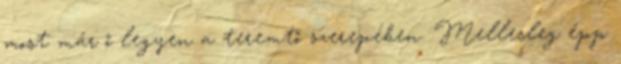
most már ő legyen a teremtő szerepében. Mellesleg épp